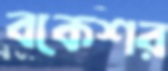
বকেশর